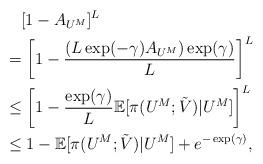
LaTeX: \begin{align*}&\quad[1-A_{U^M}]^L\\&=\left[1-\frac{(L\exp(-\gamma)A_{U^M})\exp(\gamma)}{L}\right]^L\\&\le \left[1-\frac{\exp(\gamma)}{L}\mathbb{E}[\pi(U^M;\tilde{V})|U^M]\right]^L\\&\le 1-\mathbb{E}[\pi(U^M;\tilde{V})|U^M]+e^{-\exp(\gamma)},\end{align*}